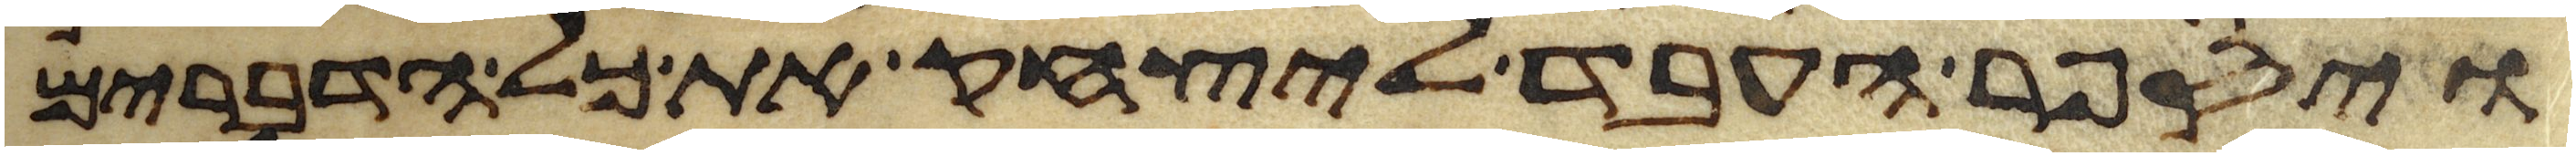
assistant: ויספר העבד ליצחק את כל הדברים